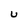
Character: U